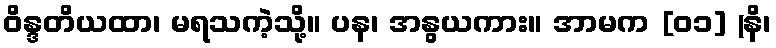
ဝိန္ဒတိယထာ၊ မရသကဲ့သို့။ ပန၊ အနွယကား။ အာမက [၀၁] (နိ၊